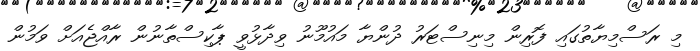
މި ރަސްމިޔާތުގައި ފޮރިން މިނިސްޓަރު ދުންޔާ މައުމޫނު ވިދާޅުވީ ޕާކިސްތާނުން ރާއްޖެއަށް ވަމުން